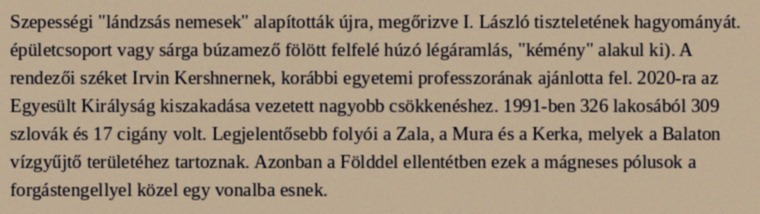
Szepességi "lándzsás nemesek" alapították újra, megőrizve I. László tiszteletének hagyományát. épületcsoport vagy sárga búzamező fölött felfelé húzó légáramlás, "kémény" alakul ki). A rendezői széket Irvin Kershnernek, korábbi egyetemi professzorának ajánlotta fel. 2020-ra az Egyesült Királyság kiszakadása vezetett nagyobb csökkenéshez. 1991-ben 326 lakosából 309 szlovák és 17 cigány volt. Legjelentősebb folyói a Zala, a Mura és a Kerka, melyek a Balaton vízgyűjtő területéhez tartoznak. Azonban a Földdel ellentétben ezek a mágneses pólusok a forgástengellyel közel egy vonalba esnek.